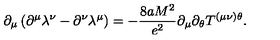
\partial _ { \mu } \left( \partial ^ { \mu } \lambda ^ { \nu } - \partial ^ { \nu } \lambda ^ { \mu } \right) = - \frac { 8 a M ^ { 2 } } { e ^ { 2 } } \partial _ { \mu } \partial _ { \theta } T ^ { ( \mu \nu ) \theta } .